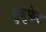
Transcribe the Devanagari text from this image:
डुबुफेट